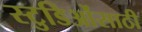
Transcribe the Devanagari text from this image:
स्टुडिओंसाठी